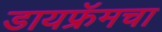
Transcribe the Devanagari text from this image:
डायफ्रॅमचा